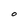
Character: O